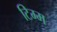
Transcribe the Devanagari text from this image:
टिम्म